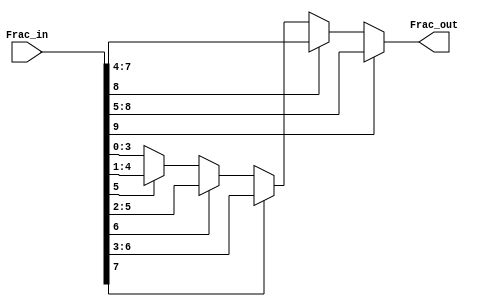
`timescale 1ns / 1ps
//////////////////////////////////////////////////////////////////////////////////
// Company: 
// Engineer: 
// 
// Design Name: 
// Module Name: calc_frac_bits
// Project Name: 
// Target Devices: 
// Tool Versions: 
// Description: 
// 
// Dependencies: 
// 
// Revision:
// Revision 0.01 - File Created
// Additional Comments:
// 
//////////////////////////////////////////////////////////////////////////////////

//removes the MSB that is 1, and outputs the four bits that follow
module calc_frac_bits(
    input [9:0] Frac_in,
    output [3:0] Frac_out
    );

    reg [3:0] frac;
    assign Frac_out = frac;

    always @(*) begin
        if(Frac_in[9]) frac <= Frac_in[8:5];
        else if(Frac_in[8]) frac <= Frac_in[7:4];
        else if(Frac_in[7]) frac <= Frac_in[6:3];
        else if(Frac_in[6]) frac <= Frac_in[5:2];
        else if(Frac_in[5]) frac <= Frac_in[4:1];
        else frac <= Frac_in[3:0];
    end

endmodule